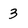
Character: 3